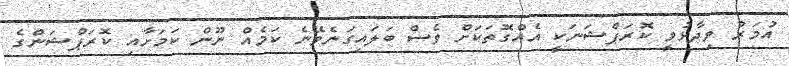
އުމަރު ވިދާޅުވީ ކޮރަޕްޝަނަކީ އެއްގޮތަކަށް ވެސް ބަލައިގަނެވޭނެ ކަމެއް ނޫން ކަމަށާއި ކޮރަޕްޝަންގެ